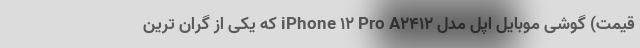
قیمت) گوشی موبایل اپل مدل iPhone 12 Pro A2412 که یکی از گران ترین